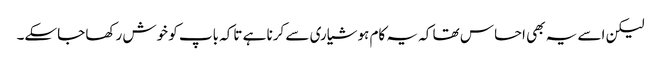
لیکن اسے یہ بھی احساس تھا کہ یہ کام ہوشیاری سے کرنا ہے تاکہ باپ کو خوش رکھا جاسکے۔